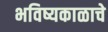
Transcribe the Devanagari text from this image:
भविष्यकाळाचे